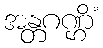
အန္တဂဏ္ဌိံ